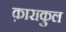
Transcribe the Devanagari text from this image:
क़ाराकुल